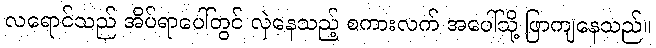
လရောင်သည် အိပ်ရာပေါ်တွင် လှဲနေသည့် စကားလက် အပေါ်သို့ ဖြာကျနေသည်။